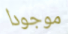
موجودا